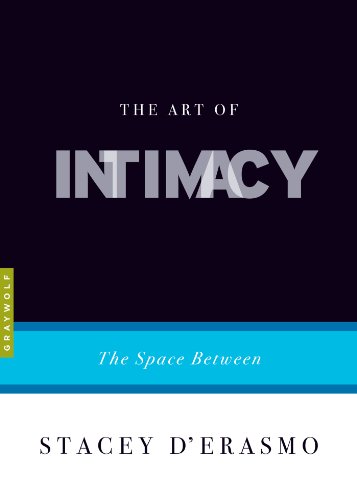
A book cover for The Art of Intimacy: The Space Between; Stacey D'Erasmo; Literature & Fiction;